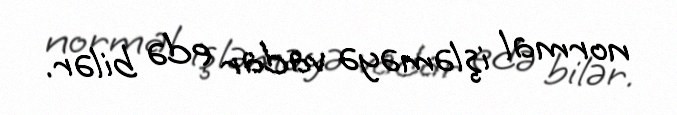
normal işləməyə vadar edə bilər.